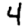
Digit: 4